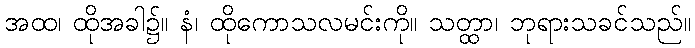
အထ၊ ထိုအခါ၌။ နံ၊ ထိုကောသလမင်းကို။ သတ္ထာ၊ ဘုရားသခင်သည်။